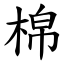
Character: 棉